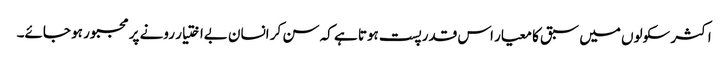
اکثر سکولوں میں سبق کا معیار اس قدر پست ہوتا ہے کہ سن کر انسان بےاختیار رونے پر مجبور ہو جائے۔